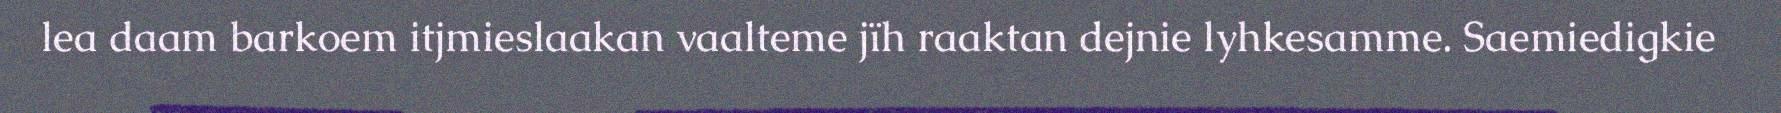
lea daam barkoem itjmieslaakan vaalteme jïh raaktan dejnie lyhkesamme. Saemiedigkie